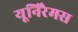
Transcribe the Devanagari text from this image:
यूनिरैमस